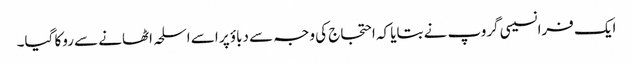
ایک فرانسیسی گروپ نے بتایا کہ احتجاج کی وجہ سے دباؤ پر اسے اسلحہ اٹھانے سے روکا گیا۔